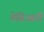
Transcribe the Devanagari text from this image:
पेग्निआरी